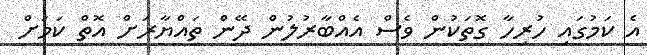
އެ ކަމުގައި ހުރިހާ ގޮތަކުން ވެސް އެއްބާރުލުން ދޭން ތައްޔާރަށް އޮތް ކަމަށް